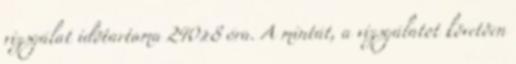
vizsgálat idõtartama 240±8 óra. A mintát, a vizsgálatot követõen